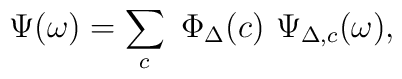
\Psi(\omega) = \sum_c \ \Phi_\Delta(c)\ \Psi_{\Delta,c}(\omega),